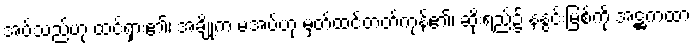
အပ်သည်ဟု ထင်ရှား၏၊ အချို့က မအပ်ဟု မှတ်ထင်တတ်ကုန်၏၊ ဆိုးရည်၌ နနွင်းမြစ်ကို အဋ္ဌကထာ